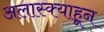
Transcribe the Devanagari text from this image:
अलास्क्याहून